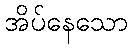
အိပ်နေသော